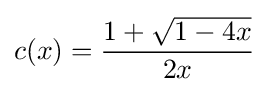
c(x)={\frac {1+{\sqrt {1-4x}}}{2x}}